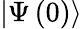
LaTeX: \left|\Psi\left(0\right)\right\rangle